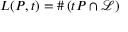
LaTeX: L ( P , t ) = \# \left( t P \cap { \mathcal { L } } \right)